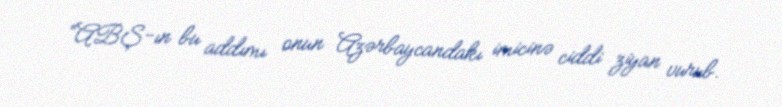
“ABŞ-ın bu addımı onun Azərbaycandakı imicinə ciddi ziyan vurub.